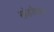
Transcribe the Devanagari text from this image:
खंडकेकर